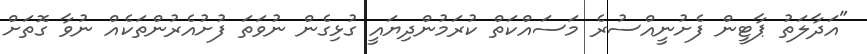
"އަދާލަތު ޕާޓީން ފެށުނީއްސުރެ މަސައްކަތް ކުރަމުންދިޔައީ ގުޅިގެން ނުވަތަ ފުށުއެރުންތަކެއް ނުވާ ގޮތަށް